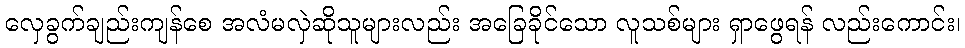
လှေခွက်ချည်းကျန်စေ အလံမလှဲဆိုသူများလည်း အခြေခိုင်သော လူသစ်များ ရှာဖွေရန် လည်းကောင်း၊